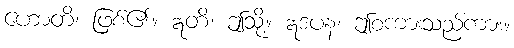
ဟောတိ၊ ဖြစ်၏။ ဣတိ၊ ဤသို့။ ဣဒံပန၊ ဤစကားသည်ကား။